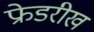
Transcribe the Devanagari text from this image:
फ्रेडरीख